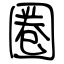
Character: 圏